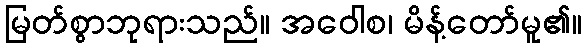
မြတ်စွာဘုရားသည်။ အဝေါစ၊ မိန့်တော်မူ၏။